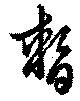
暫